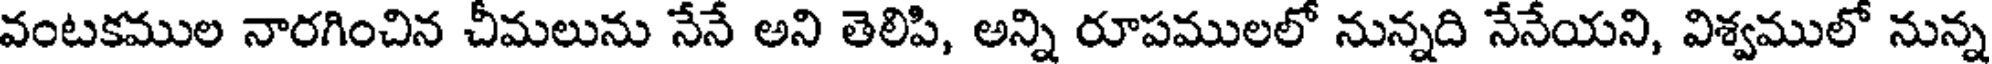
వంటకముల నారగించిన చీమలును నేనే అని తెలిపి, అన్ని రూపములలో నున్నది నేనేయని, విశ్వములో నున్న